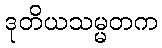
ဒုတိယသမ္မတက